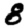
Digit: 8